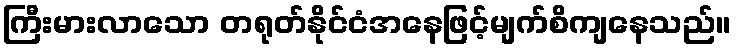
ကြီးမားလာသော တရုတ်နိုင်ငံအနေဖြင့်မျက်စိကျနေသည်။